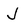
Character: J